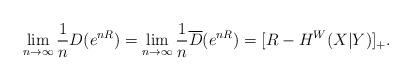
LaTeX: \begin{align*}\lim_{n \to \infty} \frac{1}{n}D(e^{nR}) = \lim_{n \to \infty} \frac{1}{n}\overline{D}(e^{nR}) = [R-H^{W}(X|Y)]_+ .\end{align*}